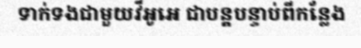
ទាក់ទងជាមួយវីអូអេ ជាបន្តបន្ទាប់ពីកន្លែង